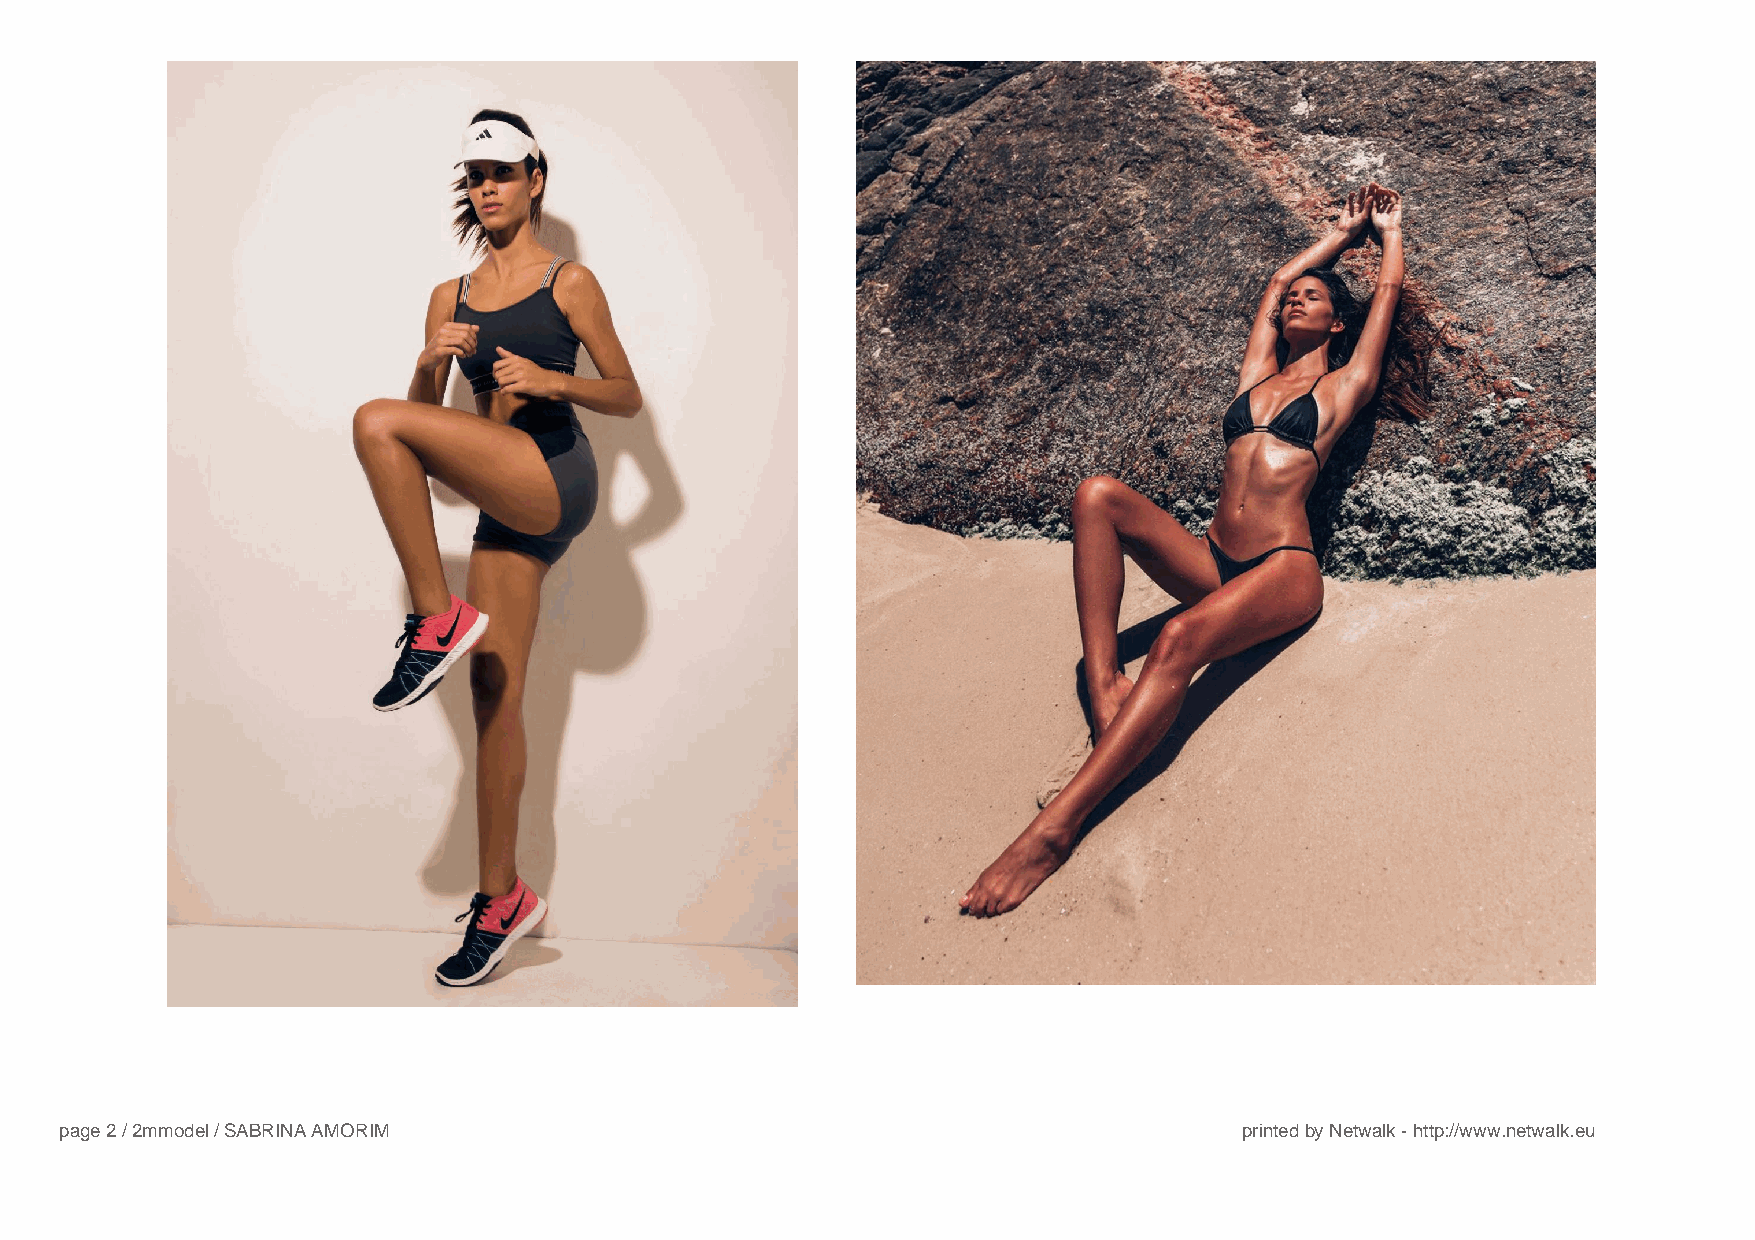
page2/2mmodel/SABRINAAMORIM                                                   printedbyNetwalk-http://www.netwalk.eu